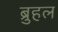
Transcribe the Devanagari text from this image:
ब्रुहल